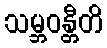
သမ္ဘဝန္တီတိ